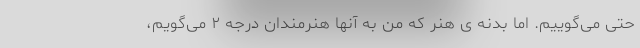
حتی می‌گوییم. اما بدنه ی هنر که من به آنها هنرمندان درجه ٢ می‌گویم،